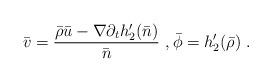
LaTeX: \begin{align*} \bar v = \frac{ \bar \rho \bar u - \nabla \partial_t h_2^\prime(\bar n)}{\bar n} \ , \bar \phi = h_2^\prime(\bar \rho) \ .\end{align*}